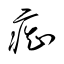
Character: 痴